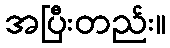
အပြီးတည်း။